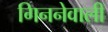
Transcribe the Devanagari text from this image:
गिननेवाली